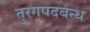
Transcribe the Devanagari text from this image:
तुरगपदबन्ध